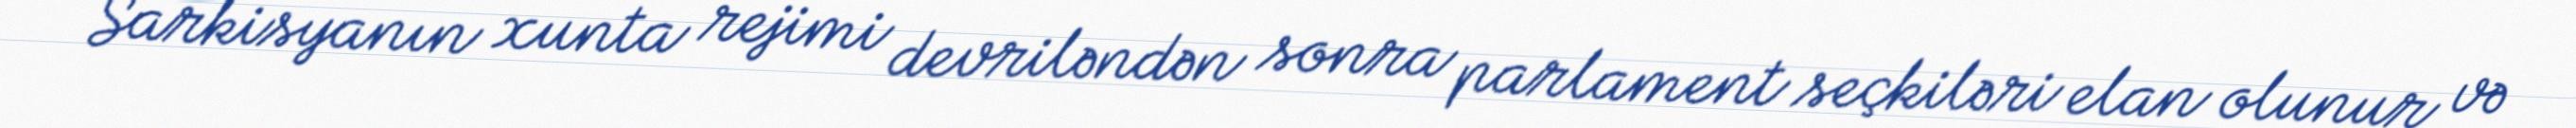
- Sarkisyanın xunta rejimi devriləndən sonra parlament seçkiləri elan olunur və